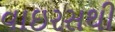
વાઇરસથી